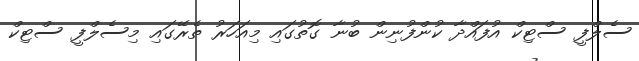
ސެލްފީ ސްޓިކް އުފައްދާ ކުންފުނިން ބުނާ ގޮތުގައި މިއަހަރު ތެރޭގައި މިސެލްފީ ސްޓިކް